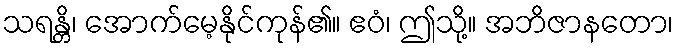
သရန္တိ၊ အောက်မေ့နိုင်ကုန်၏။ ဧဝံ၊ ဤသို့။ အဘိဇာနတော၊